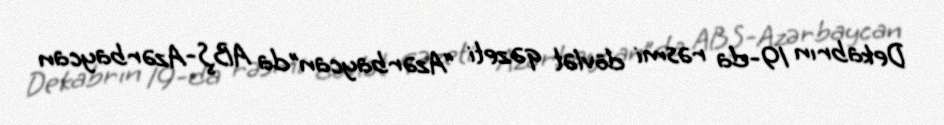
Dekabrın 19-da rəsmi dövlət qəzeti “Azərbaycan”da ABŞ-Azərbaycan